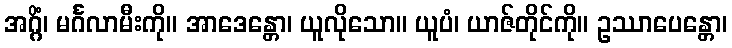
အဂ္ဂိံ၊ မင်္ဂလာမီးကို။ အာဒေန္တော၊ ယူလိုသော။ ယူပံ၊ ယာဇ်တိုင်ကို။ ဥဿာပေန္တော၊